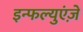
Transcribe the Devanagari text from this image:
इन्फल्युएंज़े